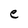
Character: e